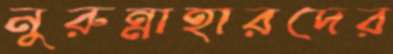
নুরুন্নাহারদের